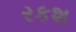
રકશ